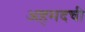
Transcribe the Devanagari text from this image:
अहमदची